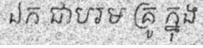
ឯក ជាបរម គ្រូ ក្នុង